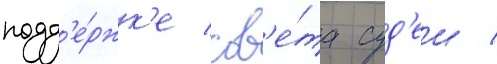
подд'е́ржк'е сов'е́та суд'еи /